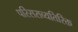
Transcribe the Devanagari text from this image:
परिसराव्यतिरिक्त